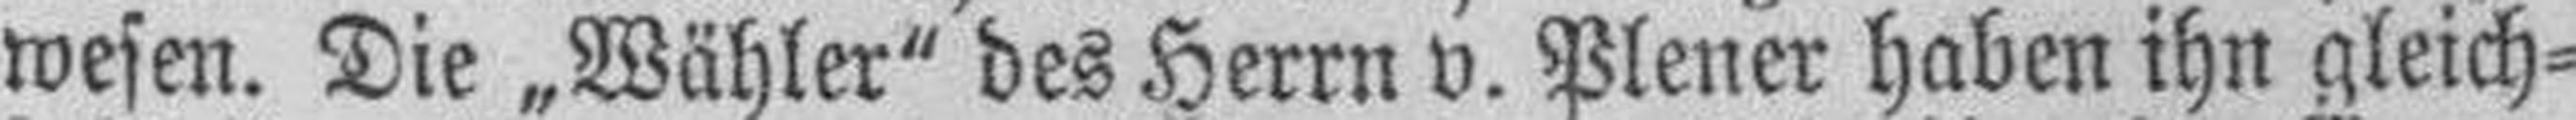
wesen. Die „Wähler" des Herrn v. Plener haben ihn gleich¬